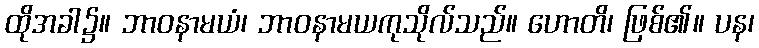
ထိုအခါ၌။ ဘာဝနာမယံ၊ ဘာဝနာမယကုသိုလ်သည်။ ဟောတိ၊ ဖြစ်၏။ ပန၊